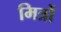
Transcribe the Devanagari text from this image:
मित्रों